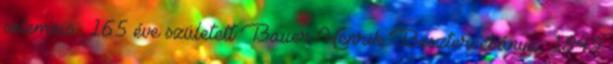
solemnis . 165 éve született Bauer Henrik Besztercebánya, 1849